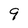
Character: 9